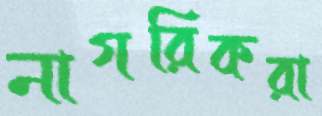
নাগরিকরা